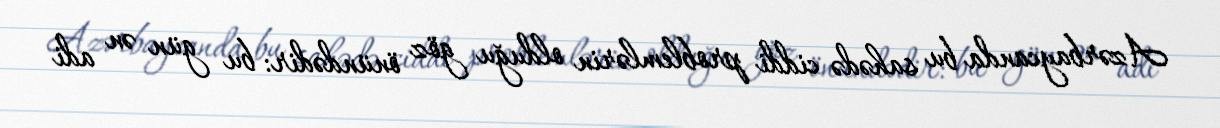
Azərbaycanda bu sahədə ciddi problemlərin olduğu göz önündədir: bu gün ən adi